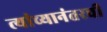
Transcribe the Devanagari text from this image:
त्यांच्यानंतरची